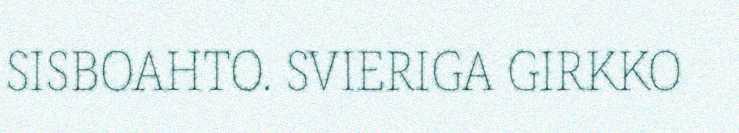
SISBOAHTO. SVIERIGA GIRKKO